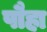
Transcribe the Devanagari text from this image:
पौहा